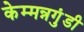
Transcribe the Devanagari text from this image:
केम्मन्नगुंडी